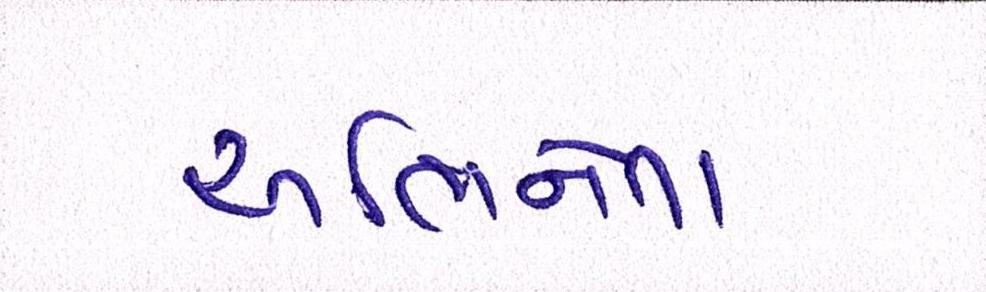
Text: અભિનેતા